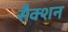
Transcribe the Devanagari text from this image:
सैक्‍शन